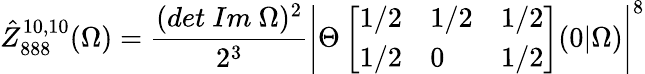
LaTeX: \hat{Z}_{888}^{10,10}(\Omega)=\frac{(det\ Im\ \Omega)^{2}}{2^{3}}\left|\Theta\left[\begin{array}{lll}{{1/2}}&{{1/2}}&{{1/2}}\\ {{1/2}}&{{0}}&{{1/2}}\end{array}\right](0\vert\Omega)\right|^{8}